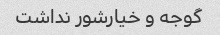
گوجه و خیارشور نداشت